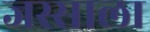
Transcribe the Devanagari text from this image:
जस्साला